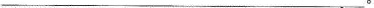
___。